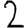
Digit: 2